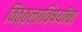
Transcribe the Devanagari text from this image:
विठ्ठलाविषयीचा